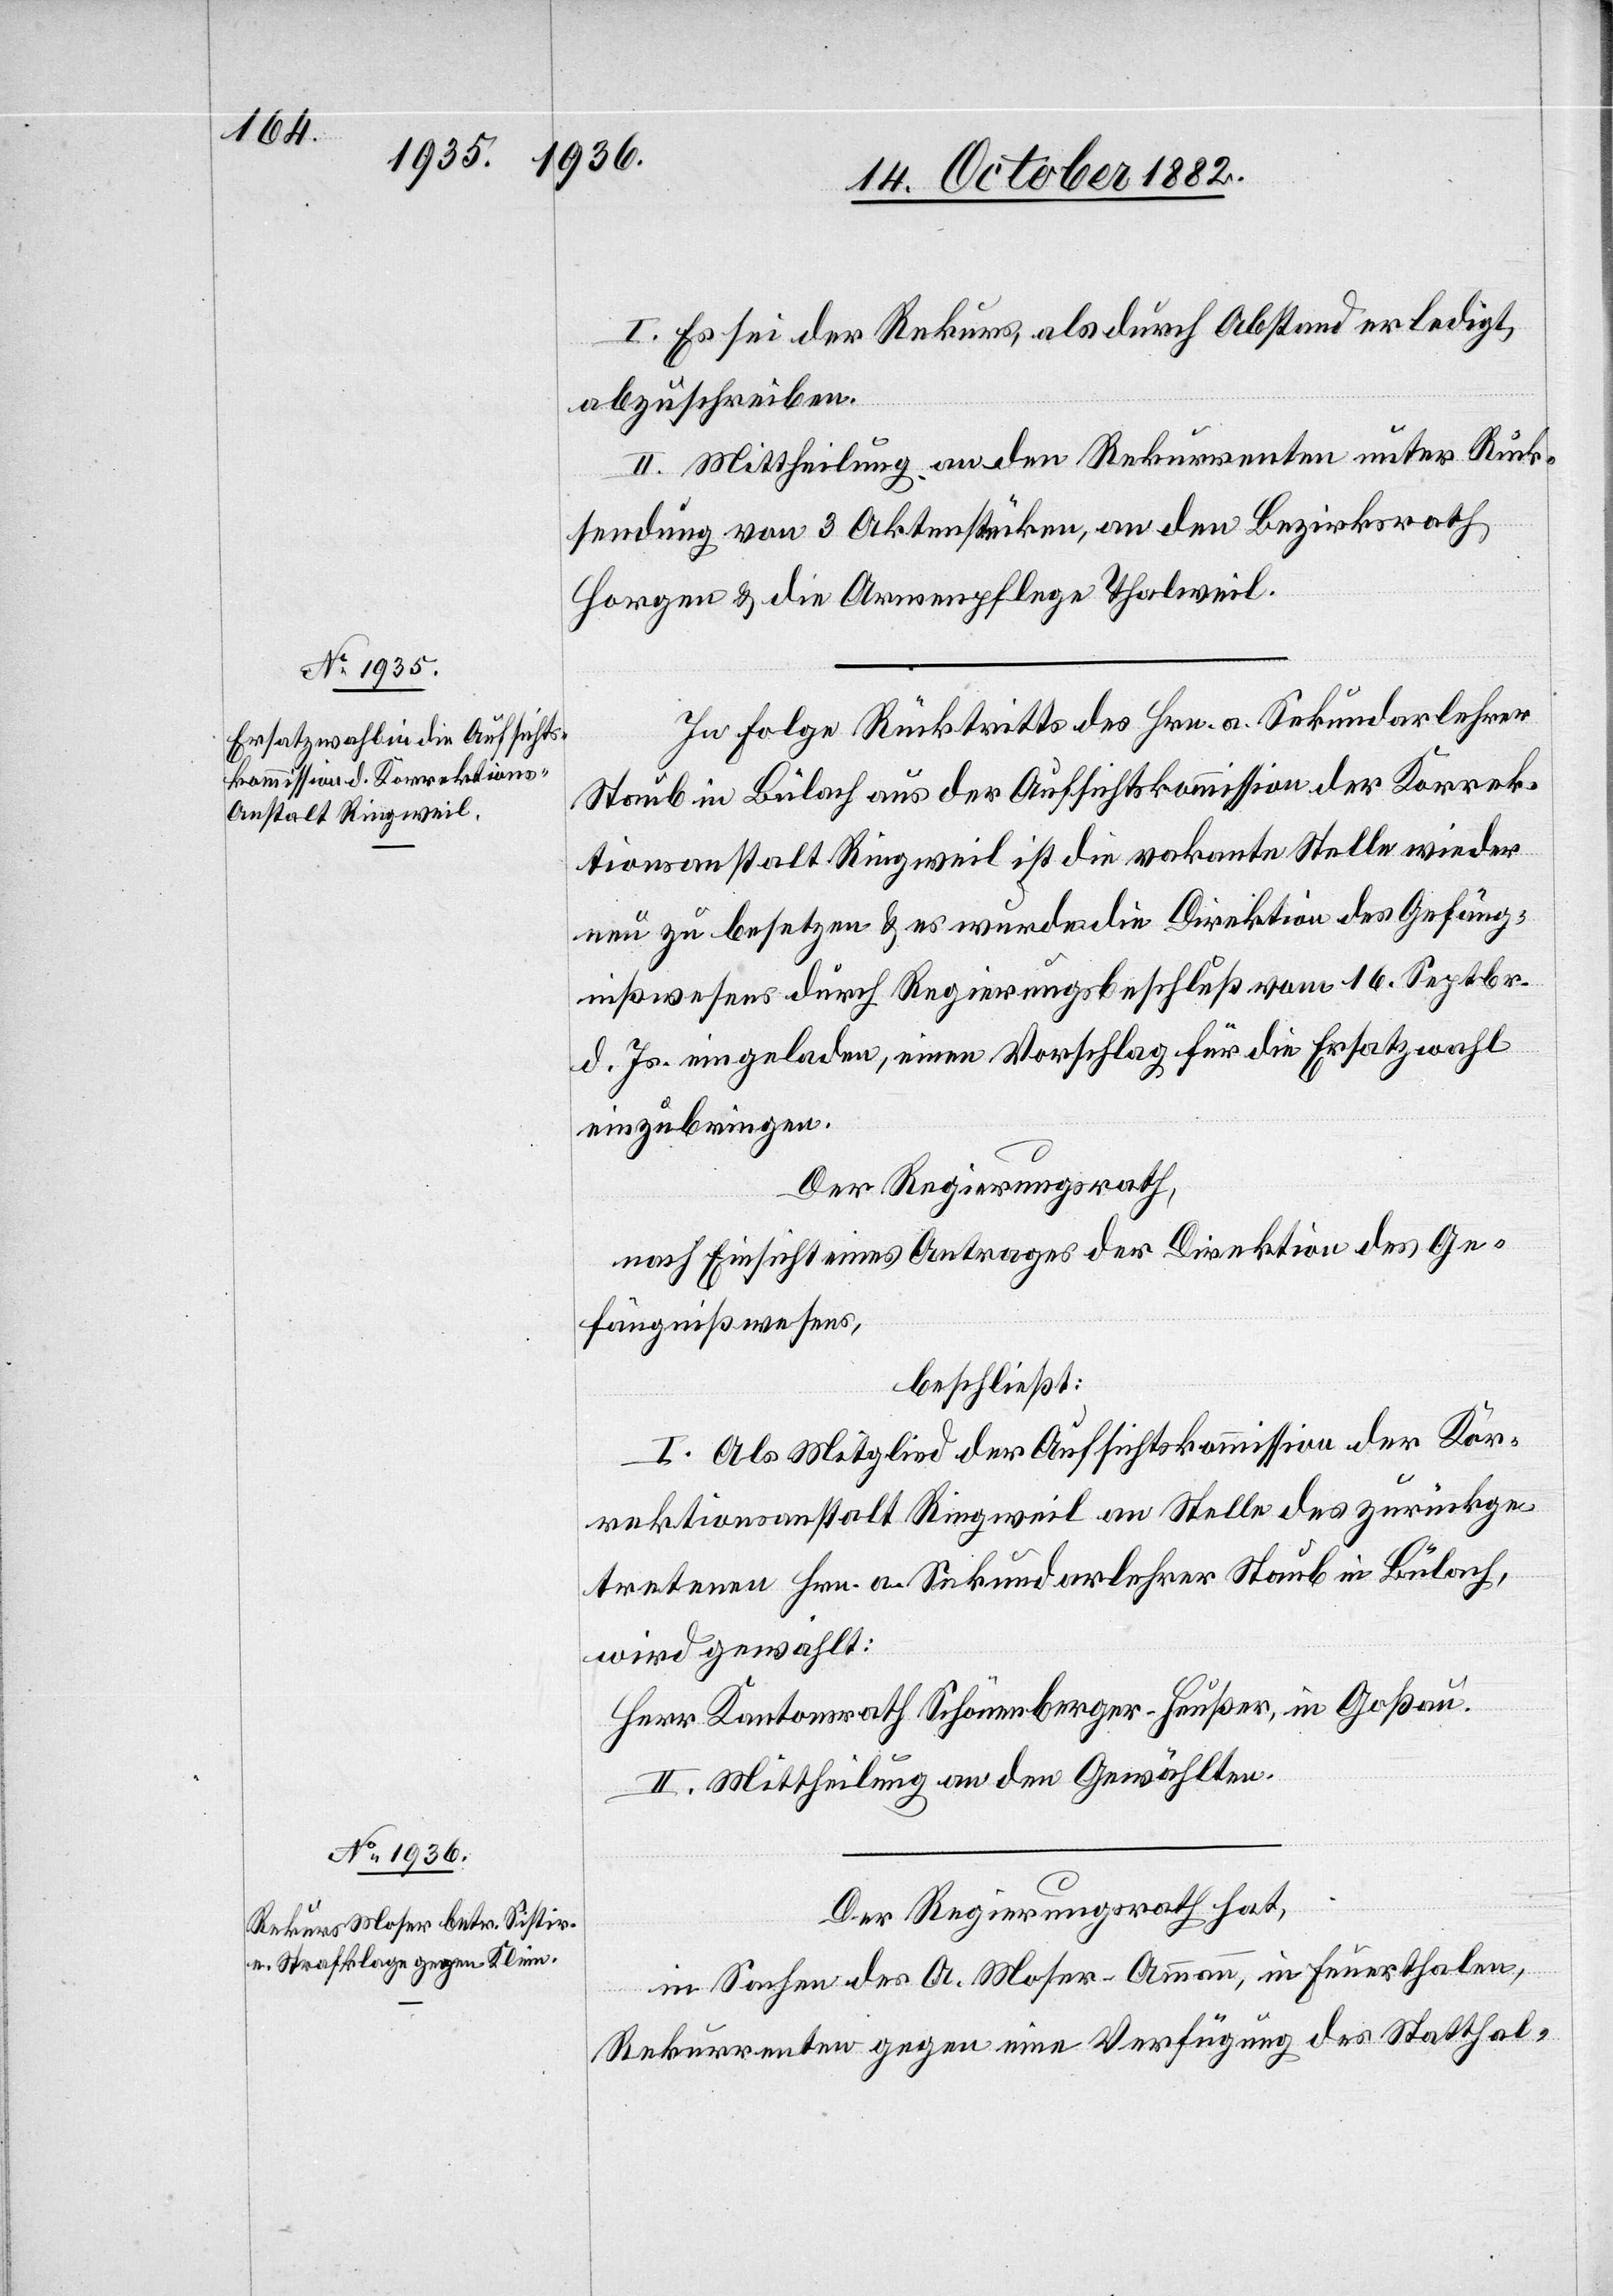
I. Es sei der Rekurs als durch Abstand erledigt,
abzuschreiben.
II. Mittheilung an den Rekurrenten unter Rück¬
sendung on 3 Aktenstücken, an den Bezirksrath
Horgen & die Armenpflege Thalweil.
In Folge Rücktritts des Hrn. a. Sekundarlehrer
Staub in Bülach aus der Aufsichtskommission der Korrek¬
tionsanstalt Ringweil ist die vakante Stelle wieder
neu zu besetzen & es wurde die Direktion des Gefäng¬
nißwesens durch Regierungsbeschluß vom 16. Septbr.
d. Js. eingeladen, einen Vorschlag für die Ersatzwahl
einzubringen.
Der Regierungsrath,
nach Einsicht eines Antrages der Direktion des Ge¬
fängnißwesens,
beschließt:
I. Als Mitglied der Aufsichtskommission der Kor¬
rektionsanstalt Ringweil an Stelle des zurückge¬
tretenen Hrn. a. Sekundarlehrer Staub in Bülach
wird gewählt:
Herr Kantonsrath Schönenberger-Heußer, in Goßau.
II. Mittheilung an den Gewählten.
Der Regierungsrath hat,
in Sachen des A. Moser-Ammann, in Feuerthalen,
Rekurrenten gegen eine Verfügung des Statthal-